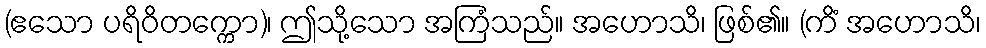
(ဧသော ပရိဝိတက္ကော)၊ ဤသို့သော အကြံသည်။ အဟောသိ၊ ဖြစ်၏။ (ကိံ အဟောသိ၊